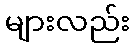
များလည်း